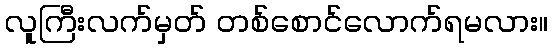
လူကြီးလက်မှတ် တစ်စောင်လောက်ရမလား။